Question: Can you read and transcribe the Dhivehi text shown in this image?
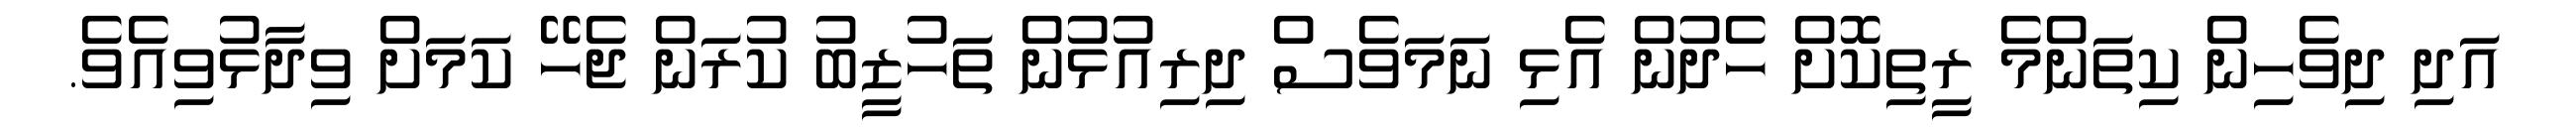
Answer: އަދި ދިވެހިން ކިތަންމެ ރީތިކޮށް ހެދުން އެޅި ނަމަވެސް ދިރިއުޅުން ތަހުޒީބު ކުރަން ޖެހޭ ކަމަށް ވިދާޅުވިއެވެ.